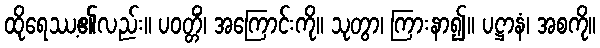
ထိုရေဿ့၏လည်း။ ပဝတ္တိံ၊ အကြောင်းကို။ သုတွာ၊ ကြားနာ၍။ ပဋ္ဌာနံ၊ အစကို။